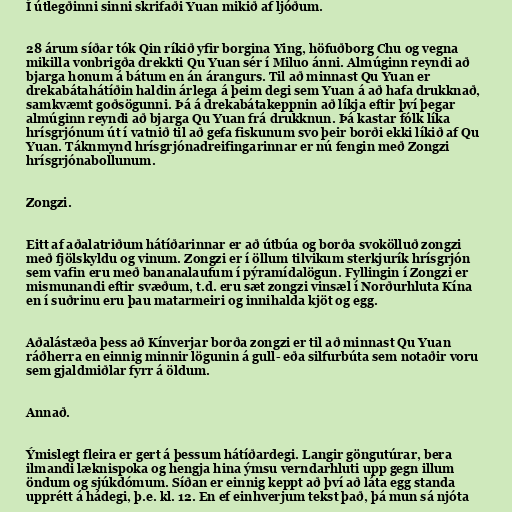
Í útlegðinni sinni skrifaði Yuan mikið af ljóðum.

28 árum síðar tók Qin ríkið yfir borgina Ying, höfuðborg Chu og vegna
mikilla vonbrigða drekkti Qu Yuan sér í Miluo ánni. Almúginn reyndi að
bjarga honum á bátum en án árangurs. Til að minnast Qu Yuan er
drekabátahátíðin haldin árlega á þeim degi sem Yuan á að hafa drukknað,
samkvæmt goðsögunni. Þá á drekabátakeppnin að líkja eftir því þegar
almúginn reyndi að bjarga Qu Yuan frá drukknun. Þá kastar fólk líka
hrísgrjónum út í vatnið til að gefa fiskunum svo þeir borði ekki líkið af Qu
Yuan. Táknmynd hrísgrjónadreifingarinnar er nú fengin með Zongzi
hrísgrjónabollunum.

Zongzi.

Eitt af aðalatriðum hátíðarinnar er að útbúa og borða svokölluð zongzi
með fjölskyldu og vinum. Zongzi er í öllum tilvikum sterkjurík hrísgrjón
sem vafin eru með bananalaufum í pýramídalögun. Fyllingin í Zongzi er
mismunandi eftir svæðum, t.d. eru sæt zongzi vinsæl í Norðurhluta Kína
en í suðrinu eru þau matarmeiri og innihalda kjöt og egg.

Aðalástæða þess að Kínverjar borða zongzi er til að minnast Qu Yuan
ráðherra en einnig minnir lögunin á gull- eða silfurbúta sem notaðir voru
sem gjaldmiðlar fyrr á öldum.

Annað.

Ýmislegt fleira er gert á þessum hátíðardegi. Langir göngutúrar, bera
ilmandi læknispoka og hengja hina ýmsu verndarhluti upp gegn illum
öndum og sjúkdómum. Síðan er einnig keppt að því að láta egg standa
upprétt á hádegi, þ.e. kl. 12. En ef einhverjum tekst það, þá mun sá njóta